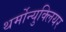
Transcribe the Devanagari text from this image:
थर्मोन्युक्लियर